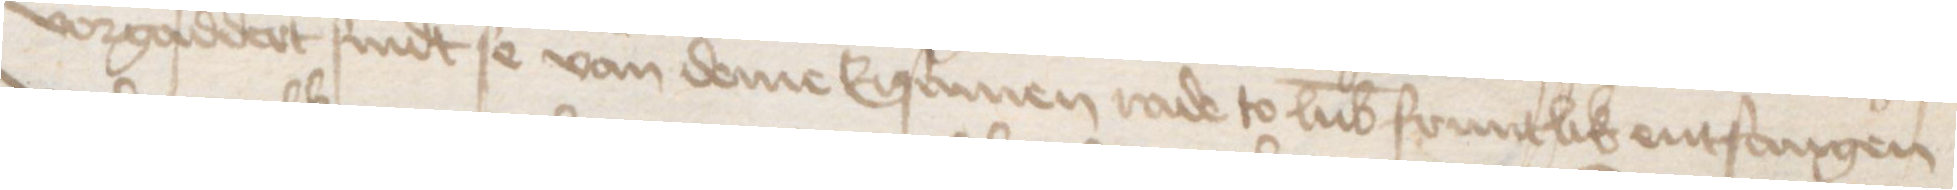
vorgaddert sindt se van deme Ersamen rade to Lubeke fruntlik entfangen